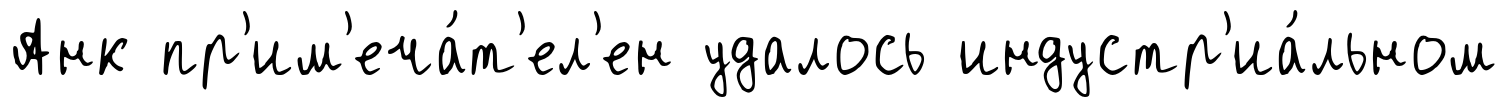
Анк пр'им'еча́т'ел'ен удалось индустр'иа́льном